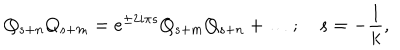
LaTeX: Q _ { s + n } Q _ { s + m } = e ^ { \pm 2 i { \pi } s } Q _ { s + m } Q _ { s + n } + \ldots ; \quad s = { - { \frac { 1 } { k } } } ,